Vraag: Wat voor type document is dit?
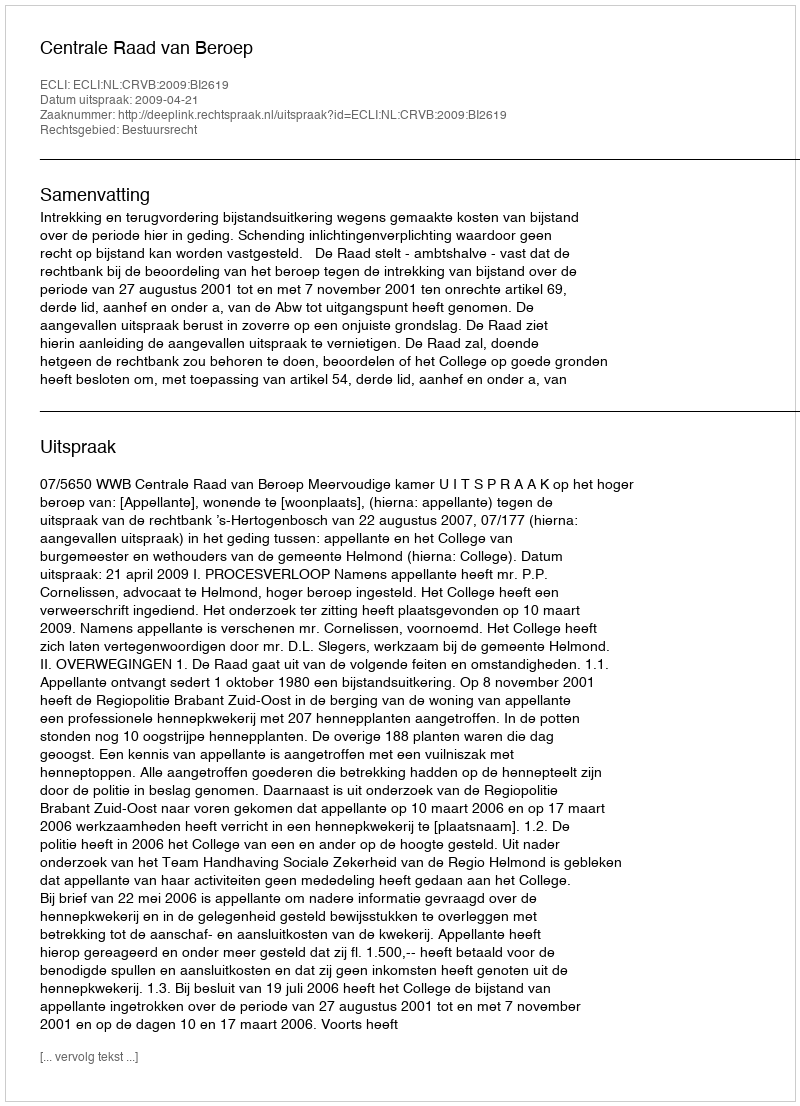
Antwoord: Uitspraak